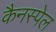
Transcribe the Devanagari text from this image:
कैनस्पेल